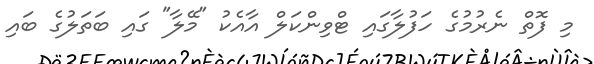
މި ފޮތް ނެރުމުގެ ހަފުލާގައި ޓްވިންކަލް އާއެކު "މޭލާ" ގައި ބަތަލުގެ ބައި